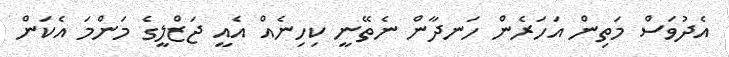
އެދުވަސް މަތިން އަހަރެން ހަނދާން ނެތޭނީ ކިހިނެއް އެއީ ޖަޒްލީގެ މަންމަ އެކަން